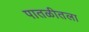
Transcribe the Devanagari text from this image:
पातळीतला